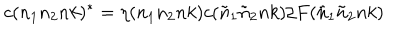
c ( n _ { 1 } n _ { 2 } n k ) ^ { * } = \eta ( n _ { 1 } n _ { 2 } n k ) c ( { \tilde { n } } _ { 1 } { \tilde { n } } _ { 2 } n k ) / F ( { \tilde { n } } _ { 1 } { \tilde { n } } _ { 2 } n k )